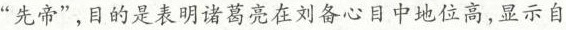
”先帝”，目的是表明诸葛亮在刘备心目中地位高，显示自